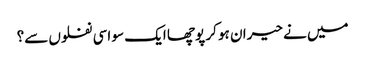
میں نے حیران ہو کر پوچھا ایک سو اسی نفلوں سے؟